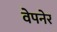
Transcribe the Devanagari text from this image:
वेपनेर